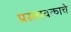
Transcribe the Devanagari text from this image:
प्रस्तावकाचे